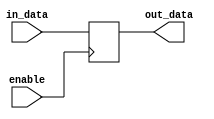
module io_block_low_power_buffer (
    input  wire          in_data,
    output reg           out_data,
    input  wire          enable
);

always @(posedge enable)
begin
    if (enable)
        out_data <= in_data;
end

endmodule